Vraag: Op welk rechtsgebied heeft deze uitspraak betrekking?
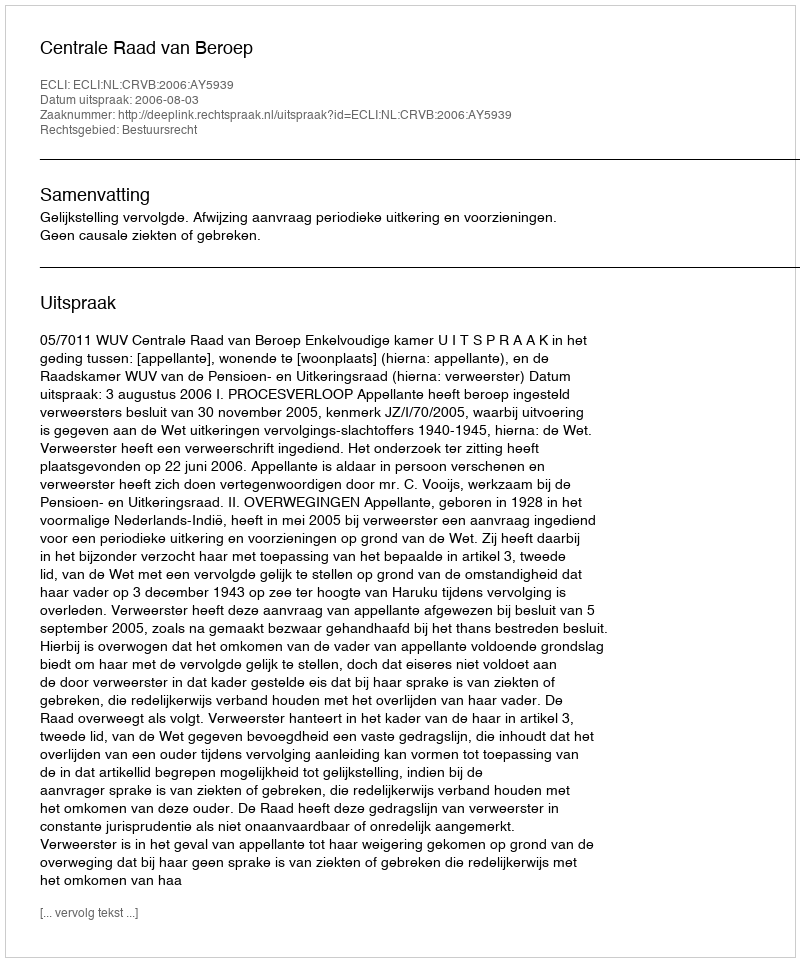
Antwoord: Bestuursrecht